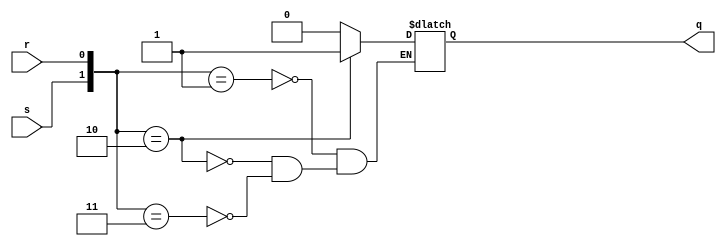

`timescale 1ns / 1ps

//////////////////////////////////////////////////////////////////////////
// Asynchronous SR latch                                                //
//////////////////////////////////////////////////////////////////////////
/*
   This latch does not have a clock input. When input 's' is activated 
   (s = 1) the latch state changes to '1', and when the input 'r' is activated
   (r = 1), the state changes to '0'. The input s = r = 1 is not defined for 
   this latch so the value of the state is set to unknown ('x') in our 
   description so signal that a prohibited input combination has taken place.
 */

module sra(
    input wire s,   // set (set to '1')
    input wire r,   // reset (set to '0')
    output reg q    // state (stored value)
    /* Variables (type 'reg' in Verilog) are the only type of signal that
     * can keep a value if not assigned, so only vaiables can used to
     * model storage elements like latches. */
    );


    always @(s, r)
        case ({s, r})
        /* Variables representing memory elements should be assigned
         * with the non-blocking assignment operator '<=' instead of
         * the normal blocking assignment operator '='. With '<=', all
         * the right-side expressions in a block are evaluated first
         * and the actual assignments only happen at the end of the
         * block. This behavior models sequential circuits better. We will
         * see more about blocking and non-blocking assignments in 
         * lesson 6.3. */
        2'b01: q <= 1'b0;
        2'b10: q <= 1'b1;
        2'b11: q <= 1'bx;

        /* The latch behavior is derived from the fact that signal 'q'
         * is not always assigned even if the 'always' block is
         * activated. When 'q' is not assigned (s = r = 0) the value of
         * 'q' is kept as it is expected in a storage element. */
        endcase
endmodule // sra

//////////////////////////////////////////////////////////////////////////
// Gated SR latch. Ative-high clock.                                   //
//////////////////////////////////////////////////////////////////////////
/*
   This latch is "synchronous" because it is controlled by a clock signal
   ('clk'). The state of the latch can only be changed when clk = 1 (the clock
   is at a high level). In a similar way, active-low latches change their
   state only when clk = 0.
*/

module srg(
    input clk,      // clock signal
    input s,        // set (set to '1')
    input r,        // reset (set to '0')
    output reg q    // state (stored value)
    );

    always @(clk, s, r)
        if (clk == 1)
            case ({s, r})
            2'b01: q <= 1'b0;
            2'b10: q <= 1'b1;
            2'b11: q <= 1'bx;
            endcase
endmodule // srg


//////////////////////////////////////////////////////////////////////////
// Master-Slave SR latch                                                //
//////////////////////////////////////////////////////////////////////////
/*
   This latch it build by the chain connection of two gated latches controlled
   by opposite clock levels. When clk = 1, the first latch (master) loads
   the new state while the second latch (slave) retains the old state. When
   'clk' changes to '0' the master's state is locked and is transferred to
   the slave latch, thus changing the output of the device.
   
   The idea behind the M-S structure is make the output changes only possible 
   at the instant the clock goes from '1' to '0' (or '0' to '1' if the latches
   are active-low). Making the output changes only possible at very precise 
   instants (the negative edge of the clock in this case) is good to make
   circuitos more robust and deterministic. However, the next state of the 
   latch is still determined by the value of 's' and 'r' whenever the clock is
   active, like in a regular gated SR latch. */

module srms (
    input wire clk,
    input wire s,
    input wire r,
    output wire q
    );

    srg master(.clk(clk), .s(s), .r(r), .q(qm));
    /* The slave inputs are connected in a way that the slave will copy
     * the state of the master. */
    srg slave(.clk(clk_neg), .s(qm), .r(qm_neg), .q(q));

    /* We now generate the negated output of the master and the
     * negated clock signal. */
    assign qm_neg = ~qm;
    assign clk_neg = ~clk;

endmodule // srms


//////////////////////////////////////////////////////////////////////////
// Edge-triggered SR latch (SR flip-flop)                               //
//////////////////////////////////////////////////////////////////////////
/*
   Edge-triggered latches (AKA flip-flops) only change their states and
   evaluate their input control signals at the clock edge, either positive
   (0 to 1) or negative (1 to 0). The provide the best control of the state
   change compared to other latches so they are the preferred choice when 
   designing sequential circuits.
*/

module srff (
    input wire clk, // clock signal
    input wire s,   // set (set to '1')
    input wire r,   // reset (set to '0')
    output reg q    // state (stored value)
    );

    /* Edge-triggered conditions are indicated by 'posedge' and 'negedge'
     * keywords in the process sensitivity list. In this case, the process
     * is only evaluated when 'clk' changes from 1 to 0 (negative edge) so
     * inputs 's' and 'r' are only evaluated and the state stored in 'q'
     * can only change at that time. */
    always @(negedge clk)
        case ({s, r})
        2'b01: q <= 1'b0;
        2'b10: q <= 1'b1;
        2'b11: q <= 1'bx;
        endcase
endmodule // srff